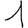
Digit: 1